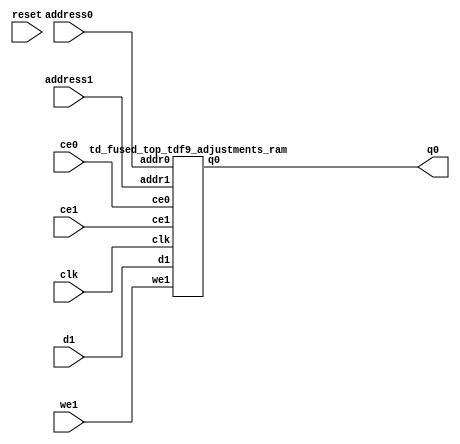
`define EXPONENT 5
`define MANTISSA 10
`define ACTUAL_MANTISSA 11
`define EXPONENT_LSB 10
`define EXPONENT_MSB 14
`define MANTISSA_LSB 0
`define MANTISSA_MSB 9
`define MANTISSA_MUL_SPLIT_LSB 3
`define MANTISSA_MUL_SPLIT_MSB 9
`define SIGN 1
`define SIGN_LOC 15
`define DWIDTH (`SIGN+`EXPONENT+`MANTISSA)
`define IEEE_COMPLIANCE 1

module td_fused_top_tdf9_adjustments(
    reset,
    clk,
    address0,
    ce0,
    q0,
    address1,
    ce1,
    we1,
    d1);

parameter DataWidth = 32'd48;
parameter AddressRange = 32'd64;
parameter AddressWidth = 32'd6;
input reset;
input clk;
input[AddressWidth - 1:0] address0;
input ce0;
output[DataWidth - 1:0] q0;
input[AddressWidth - 1:0] address1;
input ce1;
input we1;
input[DataWidth - 1:0] d1;



td_fused_top_tdf9_adjustments_ram td_fused_top_tdf9_adjustments_ram_U(
    .clk( clk ),
    .addr0( address0 ),
    .ce0( ce0 ),
    .q0( q0 ),
    .addr1( address1 ),
    .ce1( ce1 ),
    .we1( we1 ),
    .d1( d1 )
);

endmodule
module td_fused_top_tdf9_adjustments_ram (addr0, ce0, q0, addr1, ce1, d1, we1,  clk);

parameter DWIDTH = 48;
parameter AWIDTH = 6;
parameter MEM_SIZE = 64;

input[AWIDTH-1:0] addr0;
input ce0;
output reg[DWIDTH-1:0] q0;
input[AWIDTH-1:0] addr1;
input ce1;
input[DWIDTH-1:0] d1;
input we1;
input clk;

 reg [DWIDTH-1:0] ram[MEM_SIZE-1:0];




always @(posedge clk)  
begin 
    if (ce0) begin
        q0 <= ram[addr0];
    end
end


always @(posedge clk)  
begin 
    if (ce1) begin
        if (we1) 
            ram[addr1] <= d1; 
    end
end


endmodule